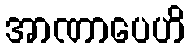
အာဏာပေဟိ